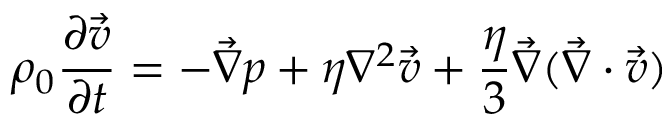
\rho _ { 0 } \frac { \partial \vec { v } } { \partial t } = - \vec { \nabla } p + \eta \nabla ^ { 2 } \vec { v } + \frac { \eta } { 3 } \vec { \nabla } ( \vec { \nabla } \cdot \vec { v } )